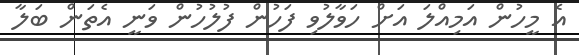
އެ މީހުން އަމިއްލަ އަށް ހަވާލުވި ފަހުން ފުލުހުން ވަނީ އެތަން ބަލާ